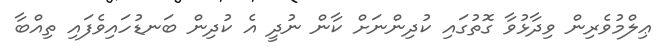
ޢިލްމުވެރިން ވިދާޅުވާ ގޮތުގައި ކުދިންނަށް ކާން ނުދީ އެ ކުދިން ބަނޑުހައިވެފައި ތިއްބާ